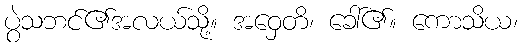
ပွဲသဘင်၏အလယ်သို့။ အဝှေတိ၊ ခေါ်၏။ ကောသိယ၊